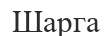
Шарга